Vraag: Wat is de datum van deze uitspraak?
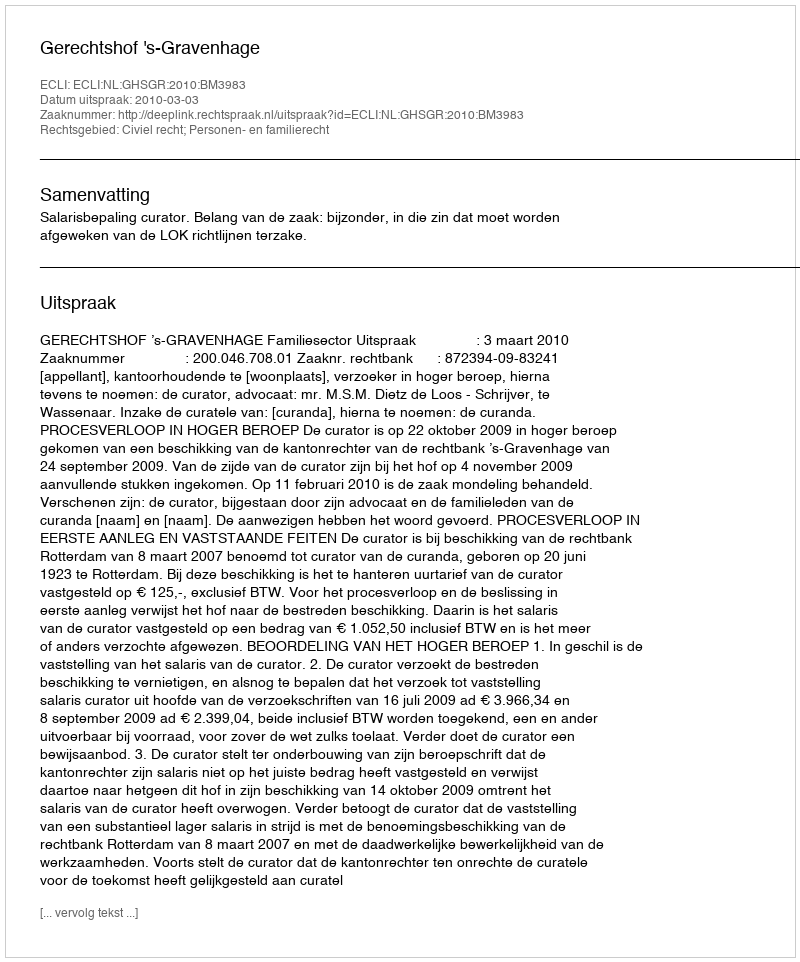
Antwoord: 2010-03-03